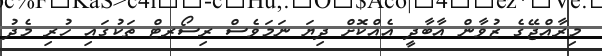
މިރާއްޖޭގެ ޒުވާން އާބާދީ އެއްކޮށް ދިޔަ ނަމަވެސް ރިސޯރޓް ތަކުގައި ހުރި މެދު